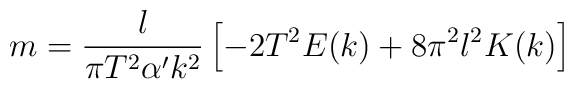
m = \frac{l}{\pi T^{2}\alpha^{\prime}k^{2}} \left [ - 2T^{2} E(k) + 8\pi^{2}l^{2} K(k) \right ]